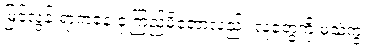
မြင့်လွန်းရာကနေ ငုံ့ကြည့်မိတော့လည်း လူတွေကို မသဲကွဲ။